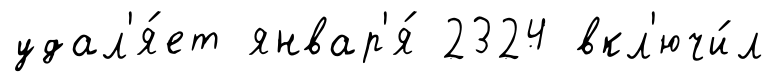
удал'я́ет январ'я́ 2324 вкл'ючи́л